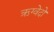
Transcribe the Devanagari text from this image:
ऋग्वेदो